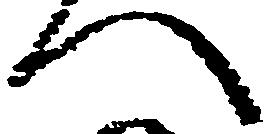
へ